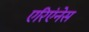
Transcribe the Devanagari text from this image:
एरिएंनेस